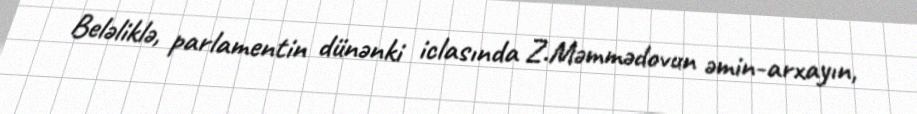
Beləliklə, parlamentin dünənki iclasında Z.Məmmədovun əmin-arxayın,